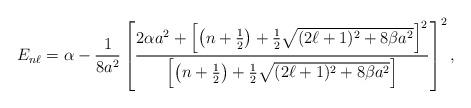
LaTeX: \begin{align*}E_{n\ell}=\alpha-\frac{1}{8a^2}\left[\frac{2\alpha a^2+\left[\left(n+\frac{1}{2}\right)+\frac{1}{2}\sqrt{(2\ell+1)^2+8\beta a^2}\right]^2}{\left[\left(n+\frac{1}{2}\right)+\frac{1}{2}\sqrt{(2\ell+1)^2+8\beta a^2}\right]}\right]^2,\end{align*}